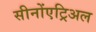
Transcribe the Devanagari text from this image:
सीनोंएट्रिअल